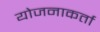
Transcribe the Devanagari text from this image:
योजनाकर्ता